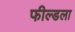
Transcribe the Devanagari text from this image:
फील्डला